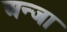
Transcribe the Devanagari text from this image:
अन्जा